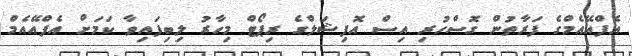
އެފްއޭއެމްގެ ފަރާތުން ގޮސްހުރި އިސް އޮފިޝަލްގެ ރިޕޯޓް މިހާރު ލިބިފައިވާ ކަމަށް އެފްއޭއެމް